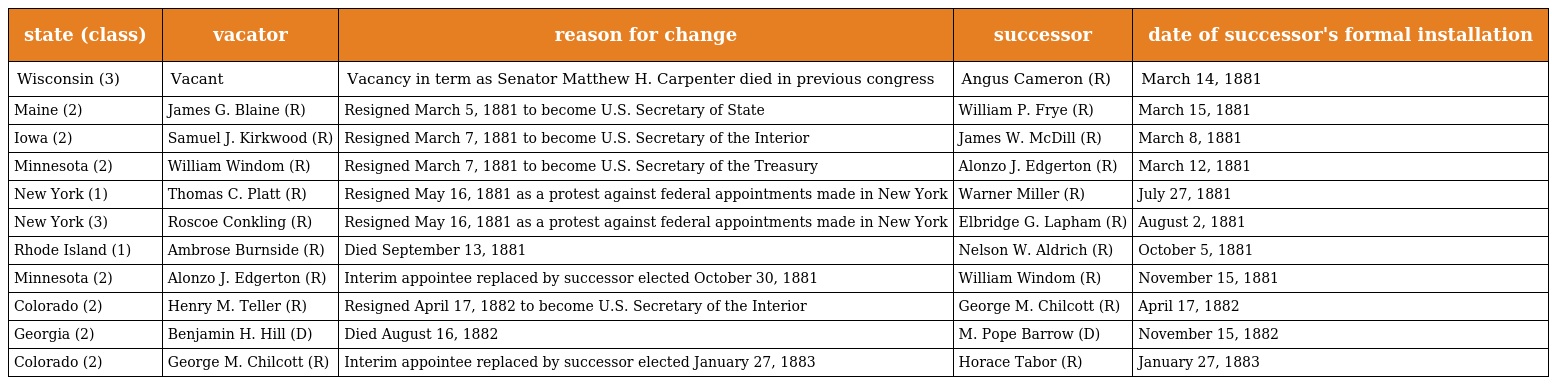
| state (class) | vacator | reason for change | successor | date of successor's formal installation |
 | --- | --- | --- | --- | --- |
 | Wisconsin (3) | Vacant | Vacancy in term as Senator Matthew H. Carpenter died in previous congress | Angus Cameron (R) | March 14, 1881 |
 | Maine (2) | James G. Blaine (R) | Resigned March 5, 1881 to become U.S. Secretary of State | William P. Frye (R) | March 15, 1881 |
 | Iowa (2) | Samuel J. Kirkwood (R) | Resigned March 7, 1881 to become U.S. Secretary of the Interior | James W. McDill (R) | March 8, 1881 |
 | Minnesota (2) | William Windom (R) | Resigned March 7, 1881 to become U.S. Secretary of the Treasury | Alonzo J. Edgerton (R) | March 12, 1881 |
 | New York (1) | Thomas C. Platt (R) | Resigned May 16, 1881 as a protest against federal appointments made in New York | Warner Miller (R) | July 27, 1881 |
 | New York (3) | Roscoe Conkling (R) | Resigned May 16, 1881 as a protest against federal appointments made in New York | Elbridge G. Lapham (R) | August 2, 1881 |
 | Rhode Island (1) | Ambrose Burnside (R) | Died September 13, 1881 | Nelson W. Aldrich (R) | October 5, 1881 |
 | Minnesota (2) | Alonzo J. Edgerton (R) | Interim appointee replaced by successor elected October 30, 1881 | William Windom (R) | November 15, 1881 |
 | Colorado (2) | Henry M. Teller (R) | Resigned April 17, 1882 to become U.S. Secretary of the Interior | George M. Chilcott (R) | April 17, 1882 |
 | Georgia (2) | Benjamin H. Hill (D) | Died August 16, 1882 | M. Pope Barrow (D) | November 15, 1882 |
 | Colorado (2) | George M. Chilcott (R) | Interim appointee replaced by successor elected January 27, 1883 | Horace Tabor (R) | January 27, 1883 |